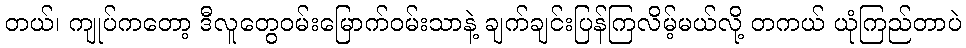
တယ်၊ ကျုပ်ကတော့ ဒီလူတွေဝမ်းမြောက်ဝမ်းသာနဲ့ ချက်ချင်းပြန်ကြလိမ့်မယ်လို့ တကယ် ယုံကြည်တာပဲ